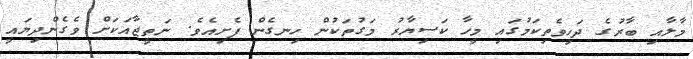
މާލާއި ބާރުގެ ދަހިވެތިކަމުގައި މީހާ ކަސިޔާރު މަގުތަކުން ހިނގެން ފެށިއެވެ. ނަތީޖާއަކަށް ވެގެންދިޔައީ